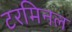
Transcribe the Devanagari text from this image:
टरमिनल